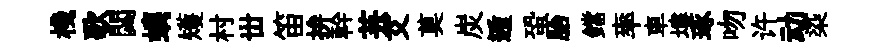
棧歌閟螭矱村丗笛拚幹芸艾莫炭遁蛩胎鐺率車塿琢吻许动染